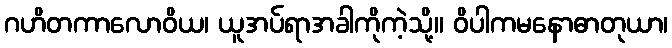
ဂဟိတကာလောဝိယ၊ ယူအပ်ရာအခါကိုကဲ့သို့။ ဝိပါကမနောဓာတုယာ၊